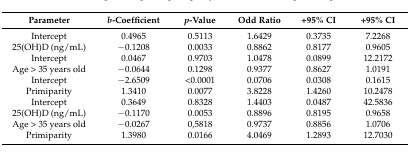
<table><thead><tr><td><b>Parameter</b></td><td><b><i>b</i>-Coefficient</b></td><td><b><i>p</i>-Value</b></td><td><b>Odd Ratio</b></td><td><b>+95% CI</b></td><td><b>+95% CI</b></td></tr></thead><tbody><tr><td>Intercept</td><td>0.4965</td><td>0.5113</td><td>1.6429</td><td>0.3735</td><td>7.2268</td></tr><tr><td>25(OH)D (ng/mL)</td><td>−0.1208</td><td>0.0033</td><td>0.8862</td><td>0.8177</td><td>0.9605</td></tr><tr><td>Intercept</td><td>0.0467</td><td>0.9703</td><td>1.0478</td><td>0.0899</td><td>12.2172</td></tr><tr><td>Age &gt; 35 years old</td><td>−0.0644</td><td>0.1298</td><td>0.9377</td><td>0.8627</td><td>1.0191</td></tr><tr><td>Intercept</td><td>−2.6509</td><td>&lt;0.0001</td><td>0.0706</td><td>0.0308</td><td>0.1615</td></tr><tr><td>Primiparity</td><td>1.3410</td><td>0.0077</td><td>3.8228</td><td>1.4260</td><td>10.2478</td></tr><tr><td>Intercept</td><td>0.3649</td><td>0.8328</td><td>1.4403</td><td>0.0487</td><td>42.5836</td></tr><tr><td>25(OH)D (ng/mL)</td><td>−0.1170</td><td>0.0053</td><td>0.8896</td><td>0.8195</td><td>0.9658</td></tr><tr><td>Age &gt; 35 years old</td><td>−0.0267</td><td>0,5818</td><td>0.9737</td><td>0.8856</td><td>1.0706</td></tr><tr><td>Primiparity</td><td>1.3980</td><td>0.0166</td><td>4.0469</td><td>1.2893</td><td>12.7030</td></tr></tbody></table>